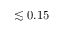
\lesssim 0 . 1 5